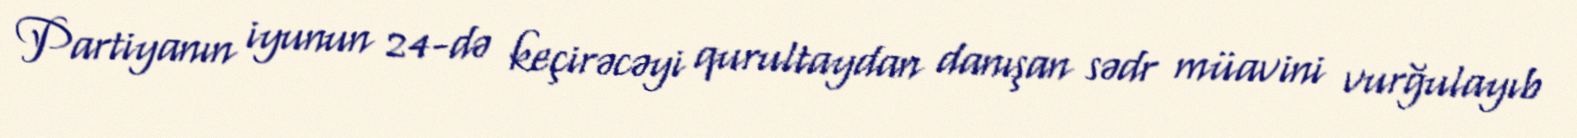
Partiyanın iyunun 24-də keçirəcəyi qurultaydan danışan sədr müavini vurğulayıb